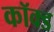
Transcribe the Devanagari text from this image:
कॉक्ड